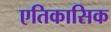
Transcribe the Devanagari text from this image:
एतिकासिक